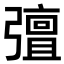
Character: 𭛈